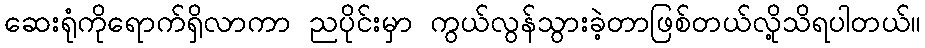
ဆေးရုံကိုရောက်ရှိလာကာ ညပိုင်းမှာ ကွယ်လွန်သွားခဲ့တာဖြစ်တယ်လို့သိရပါတယ်။